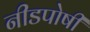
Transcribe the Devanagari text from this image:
नीडपोषी